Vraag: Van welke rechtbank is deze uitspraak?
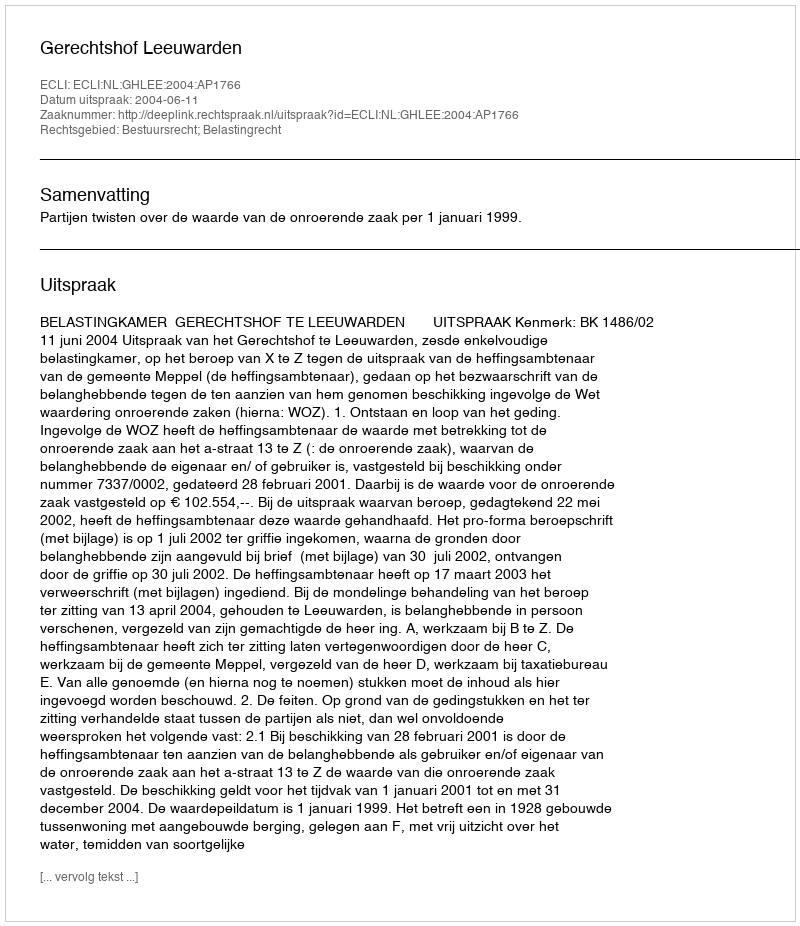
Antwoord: Gerechtshof Leeuwarden